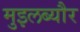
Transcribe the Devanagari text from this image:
मुइलब्यौर